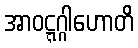
အာဝဋ္ဋဂ္ဂါဟောတိ